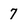
Character: 7